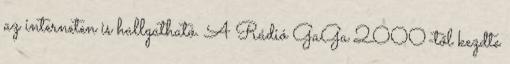
az interneten is hallgatható. A Rádió GaGa 2000-től kezdte